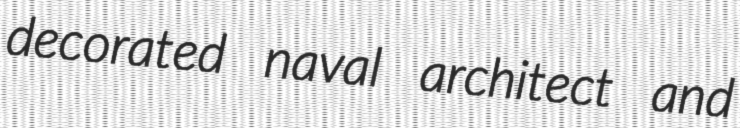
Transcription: decorated naval architect and